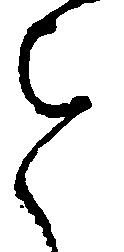
進